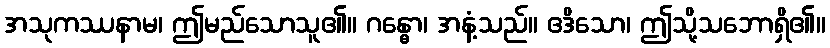
အသုကဿနာမ၊ ဤမည်သောသူ၏။ ဂန္ဓော၊ အနံ့သည်။ ဧဒိသော၊ ဤသို့သဘောရှိ၏။